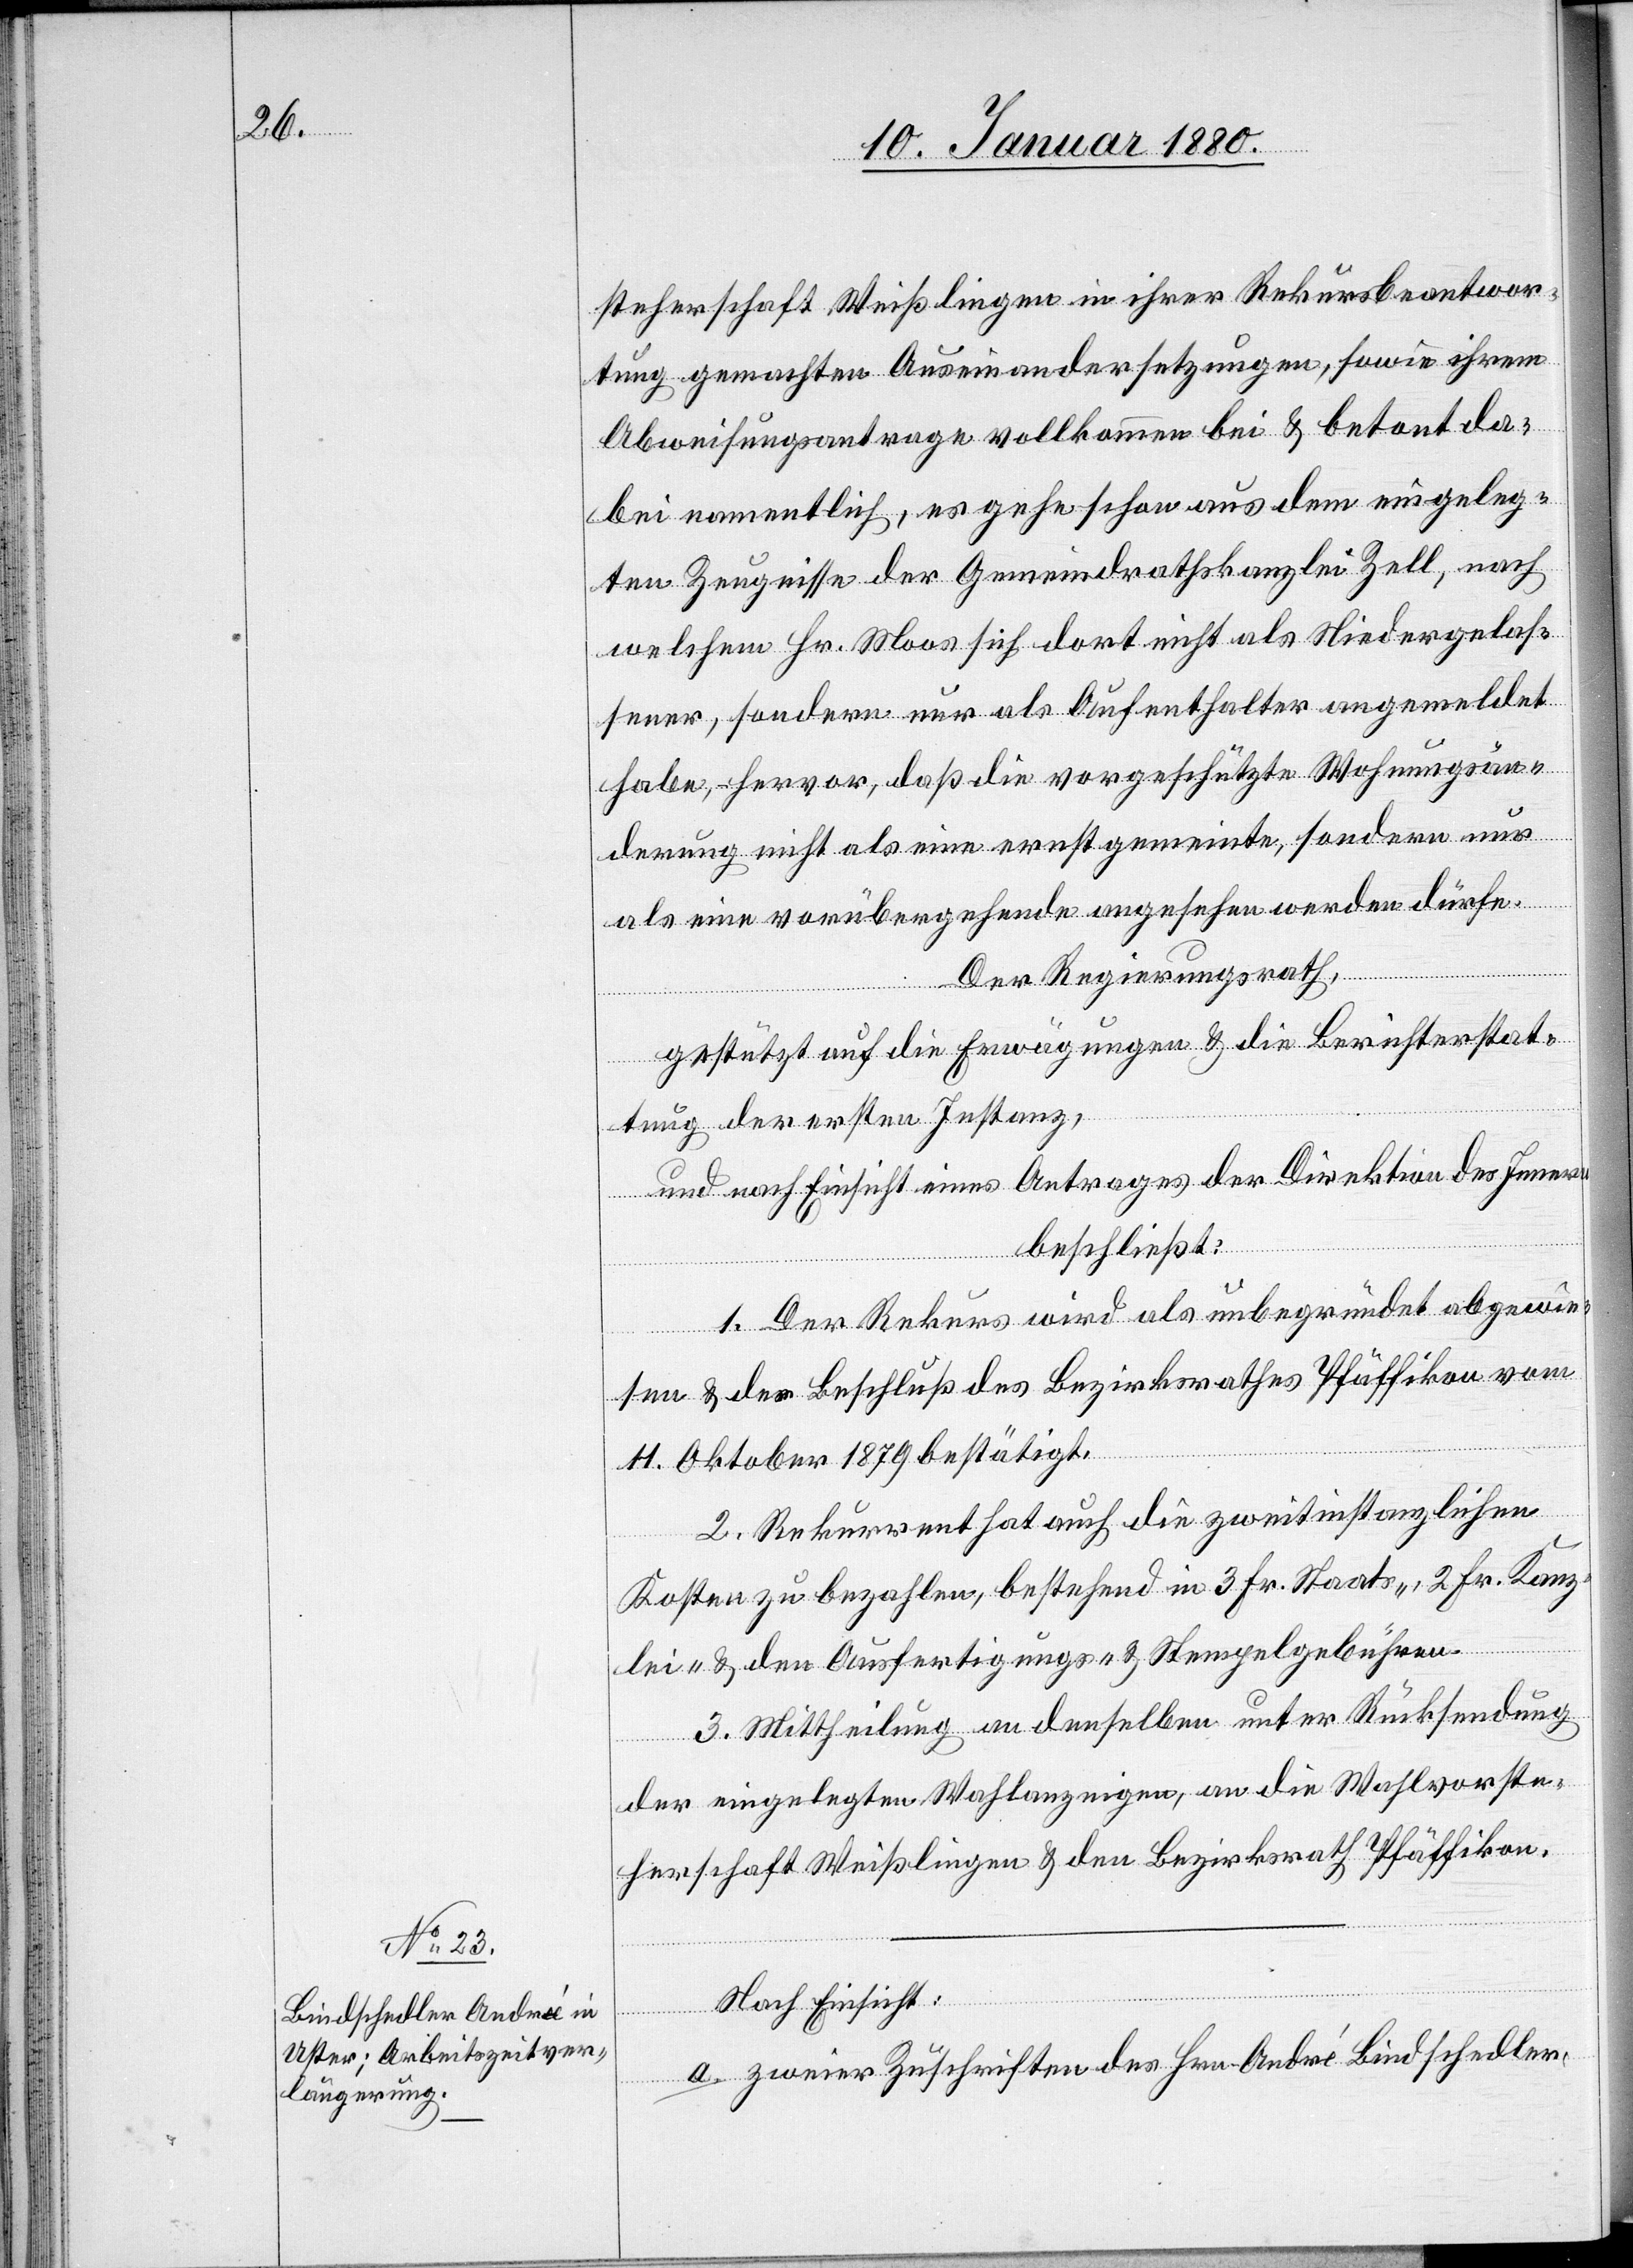
steherschaft Weißlingen in ihrer Rekursbeantwor¬
tung gemachten Auseinandersetzungen, sowie ihrem
Abweisungsantrage vollkommen bei & betont da¬
bei namentlich, es gehe schon aus dem eingeleg¬
ten Zeugnisse der Gemeindrathskanzlei Zell, nach
welchem Hr. Moos sich dort nicht als Niedergelas¬
sener, sondern nur als Aufenthalter angemeldet
habe, hervor, daß die vorgeschützte Wohnungsän¬
derung nicht als eine ernst gemeinte, sondern nur
als eine vorübergehende angesehen werden dürfe.
Der Regierungsrath,
gestützt auf die Erwägungen & die Berichterstat¬
tung der ersten Instanz,
und nach Einsicht eines Antrages der Direktion des Innern,
beschließ:
1. Der Rekurs wird als unbegründet abgewie¬
sen & der Beschluß des Bezirksrathes Pfäffikon vom
11. Oktober 1879 bestätigt.
2. Rekurrent hat auch die zweitinstanzlichen
Kosten zu bezahlen, bestehend in 3 Fr. Staats- 2 Fr. Kanz¬
lei- & den Ausfertigungs- & Stempelgebühren.
3. Mittheilung an denselben unter Rücksendung
der eingelegten Wahlanzeigen, an die Wahlvorste¬
herschaft Weißlingen & den Bezirksrath Pfäffikon.
Nach Einsicht:
a. zweier Zuschriften des Hrn. André Bindschedler,